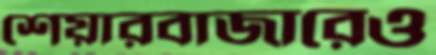
শেয়ারবাজারেও